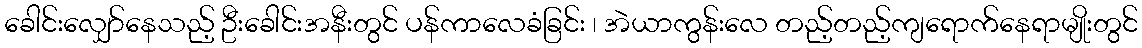
ခေါင်းလျှော်နေသည့် ဦးခေါင်းအနီးတွင် ပန်ကာလေခံခြင်း ၊ အဲယာကွန်းလေ တည့်တည့်ကျရောက်နေရာမျိုးတွင်